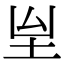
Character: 𡉸